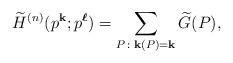
LaTeX: \begin{align*}\widetilde{H}^{(n)}(p^{\mathbf{k}}; p^{\boldsymbol{\ell}}) = \sum_{P \colon \mathbf{k}(P) = \mathbf{k}} \widetilde{G} (P),\end{align*}